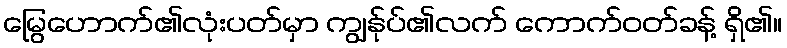
မြွေဟောက်၏လုံးပတ်မှာ ကျွန်ုပ်၏လက် ကောက်ဝတ်ခန့် ရှိ၏။